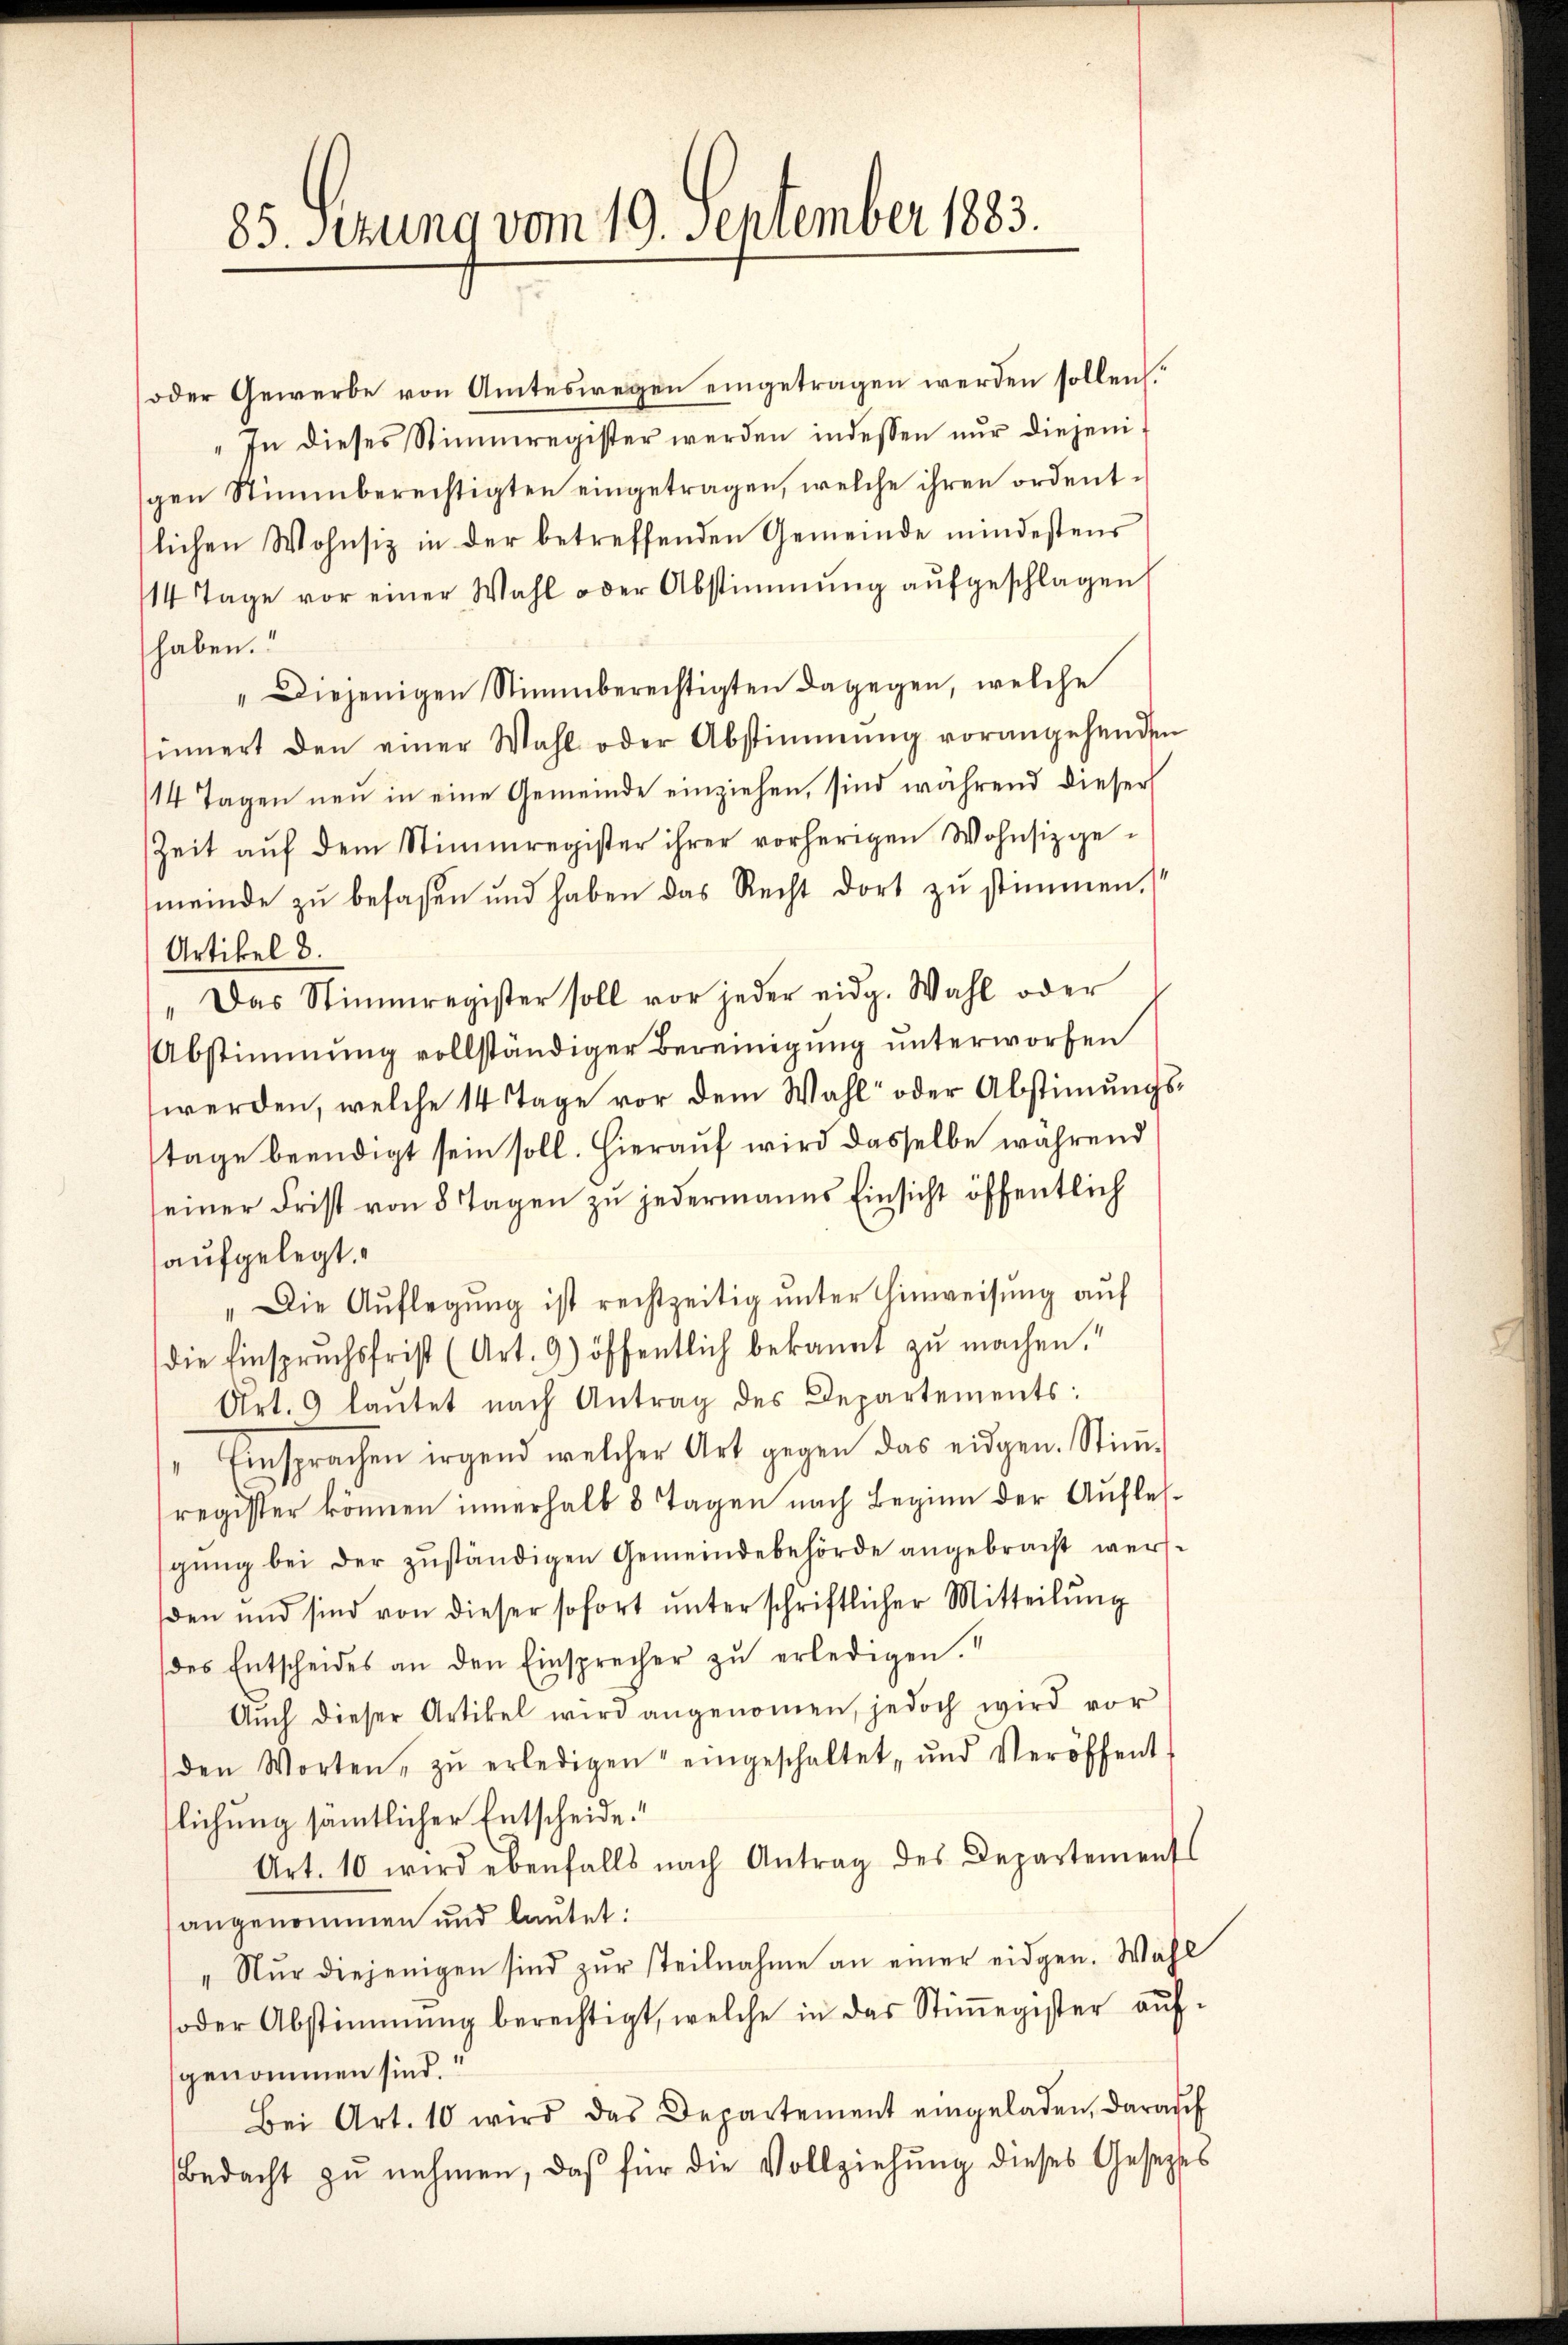
85. Setzung vom 19. September 1883.

oder Gewerbe von Amteswegen eingetragen werden sollen.
In dieses Stimmregister werden indessen nur diejenigen Stimmberechtigten eingetragen, welche ihren ordentslichen Wohnsiz in der betreffenden Gemeinde mindestens
14 Tage vor einer Wahl oder Abstimmung aufgeschlagen
haben.
" Diejenigen Stimmberechtigten dagegen, welche
innert den einer Wahl oder Abstimmung vorangehenden
14 Tagen neu in eine Gemeinde einziehen, sind während dieser
Zeit aŭf dem Stimmregister ihrer vorherigen Wohnsizge-
meinde zu besaßen und haben das Recht dort zu stimmen,
Artikel 8.
" Das Stimmregister soll vor jeder eidg. Wahl oder
Abstimmung vollständiger Bereinigŭng ŭnterworfen
werden, welche 14 Tage vor dem Wahl oder Abstimmungstage beendigt sein soll. Hierauf wird dasselbe während
seiner Frist von 8 Tagen zu jedermanns Einsicht öffentlich
aufgelegt.
"Die Auflegŭng ist rechtzeitig unter Hinweisung auf
die Einspruchsfrist (Art. 9) öffentlich bekannt zu machen.“
Art. 9 laŭtet nach Antrag des Departements:
" Einsprachen irgend welcher Art gegen das eidgen. Stiṁ-
register können innerhalb 3 Tagen nach Beginn der Auflehgŭng bei der zŭständigen Gemeindebehörde angebracht wer-
den und sind von dieser sofort ŭnterschriftlicher Mitteilŭng
des Entscheides an den Einsprecher zŭ erledigen.“
Auch dieser Artikel wird angenommen, jedoch wird vor
den Worten zŭ erledigen eingeschaltet, und Veröffent-
lichung sämmtlicher Entscheide.“
Art. 10 wird ebenfalls nach Antrag des Departements
angenommen und lautet:
"Nŭr diejenigen sind zŭr steilnahme an einer eidgen. Wahl
soder Abstimmung berechtigt, welche in das Stiṁegister aŭf-
genommen sind.“
Bei Art. 10 wird das Departement eingeladen, darauf
Bedacht zŭ nehmen, daß für die Vollziehung dieses Gesetzes